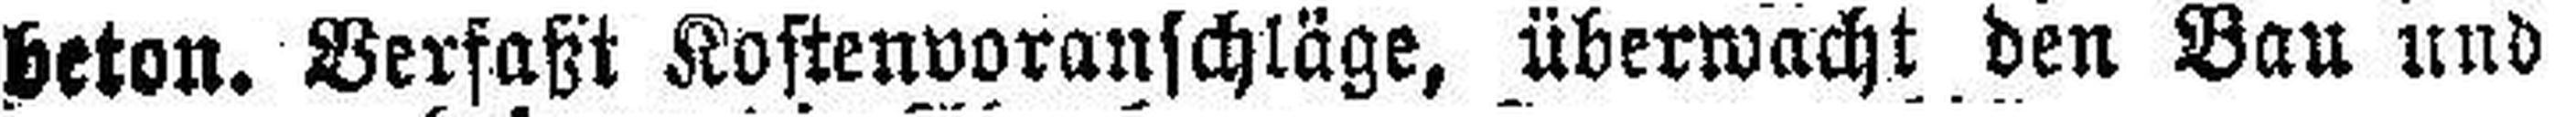
beton. Verfaßt Kostenvoranschläge, überwacht den Bau und